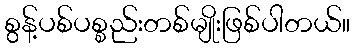
စွန့်ပစ်ပစ္စည်းတစ်မျိုးဖြစ်ပါတယ်။